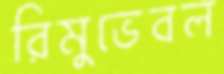
রিমুভেবল